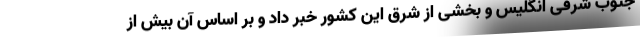
جنوب شرقی انگلیس و بخشی از شرق این کشور خبر داد و بر اساس آن بیش از